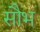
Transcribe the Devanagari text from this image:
सौभ